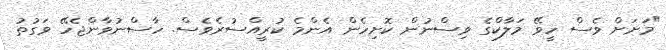
"މަށަށް ވެސް ހީވޭ މަލާކްގެ ވިސްނުން ކޮށިހެން އެންމެ ކުރީއްސުރެވެސް. ހާސްނުވާންޖެހޭ ވަގުތު